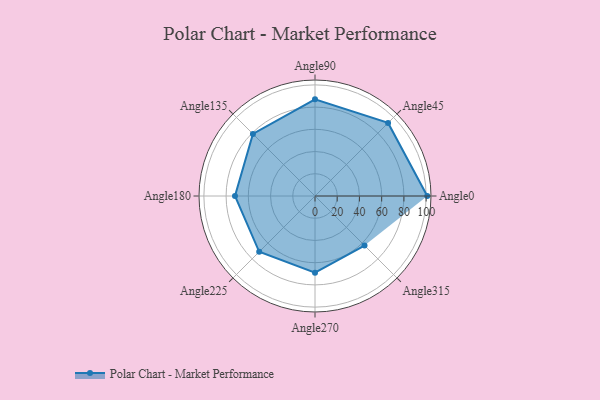
{"axis": {"x": "Angle", "y": "Radius"}, "legend": [""], "data": [{"x": "Angle0", "y": 101.0, "type": ""}, {"x": "Angle45", "y": 93.0, "type": ""}, {"x": "Angle90", "y": 87.0, "type": ""}, {"x": "Angle135", "y": 79.0, "type": ""}, {"x": "Angle180", "y": 72.0, "type": ""}, {"x": "Angle225", "y": 71.0, "type": ""}, {"x": "Angle270", "y": 69.0, "type": ""}, {"x": "Angle315", "y": 63.0, "type": ""}]}